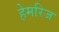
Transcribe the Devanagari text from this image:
हेमरिज